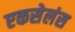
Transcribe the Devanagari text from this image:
एकसेलंस